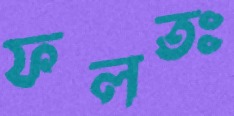
ফলতঃ